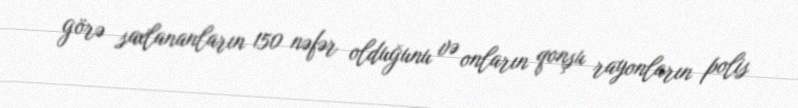
görə saxlananların 150 nəfər olduğunu və onların qonşu rayonların polis